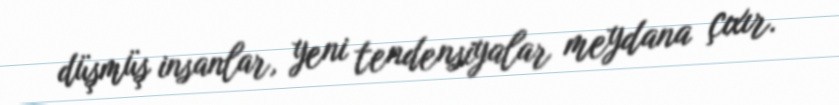
düşmüş insanlar, yeni tendensiyalar meydana çıxır.